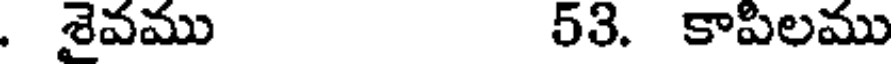
. శైవము 53. కాపిలము